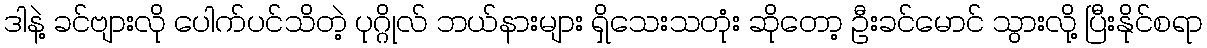
ဒါနဲ့ ခင်ဗျားလို ပေါက်ပင်သိတဲ့ ပုဂ္ဂိုလ် ဘယ်နားများ ရှိသေးသတုံး ဆိုတော့ ဦးခင်မောင် သွားလို့ ပြီးနိုင်စရာ